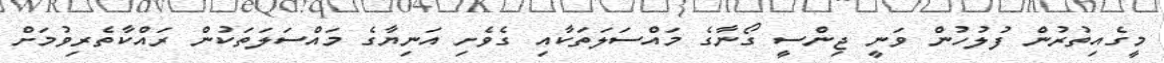
މީގެއިތުރުން ފުލުހުން ވަނީ ޖިންސީ ގޯނާގެ މައްސަލަތަކާއި ގެވެށި އަނިޔާގެ މައްސަލަތަކުން ރައްކާތެރިވުމަށް